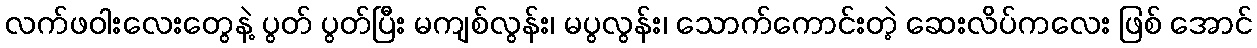
လက်ဖဝါးလေးတွေနဲ့ ပွတ် ပွတ်ပြီး မကျစ်လွန်း၊ မပွလွန်း၊ သောက်ကောင်းတဲ့ ဆေးလိပ်ကလေး ဖြစ် အောင်